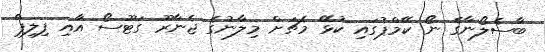
ބާސެލޯނާގެ ނޯ ކޭމްޕުގައި ކުޅޭ މެޗަށް މިލާނުގެ ޖެނާރޫ ގަޓޫސޯ އާއި ފިލިޕް